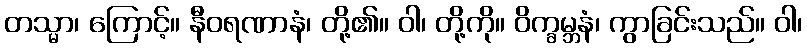
တသ္မာ၊ ကြောင့်။ နီဝရဏာနံ၊ တို့၏။ ဝါ၊ တို့ကို။ ဝိက္ခမ္ဘနံ၊ ကွာခြင်းသည်။ ဝါ၊